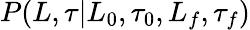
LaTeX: P(L,\tau|L_{0},\tau_{0},L_{f},\tau_{f})